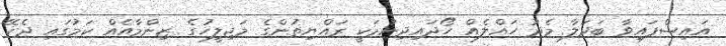
އައިސްފައިވާ ބަދަލާ މެދު ހައްލެއް ހޯދައިދިނުމަކީ ރައްޔިތުންގެ މަޖިލީހުގެ ޒިންމާއެއް ކަމުގައި ދެކޭ